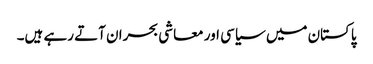
پاکستان میں سیاسی اور معاشی بحران آتے رہے ہیں۔